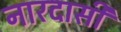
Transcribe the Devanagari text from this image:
नारदासी